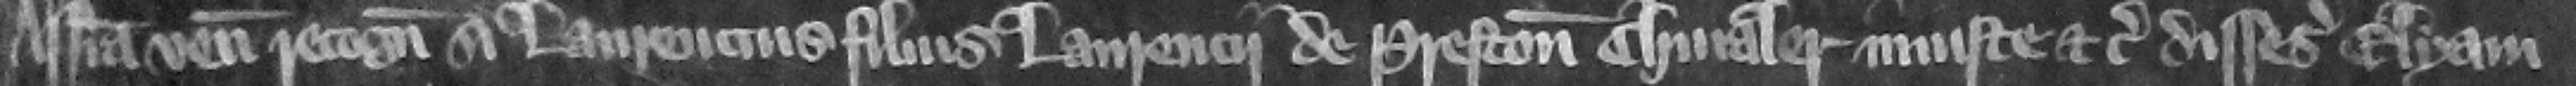
Assisa venit recognitura si Laurencius filius Laurencii de Preston chiualer iniuste etc. disesiuit Elyam